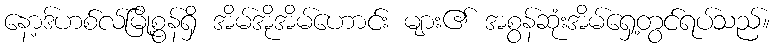
နော့ဒ်ဟစ်လ်မြို့စွန်ရှိ အိမ်အိုအိမ်ဟောင်း များ၏ အစွန်ဆုံးအိမ်ရှေ့တွင်ရပ်သည်။